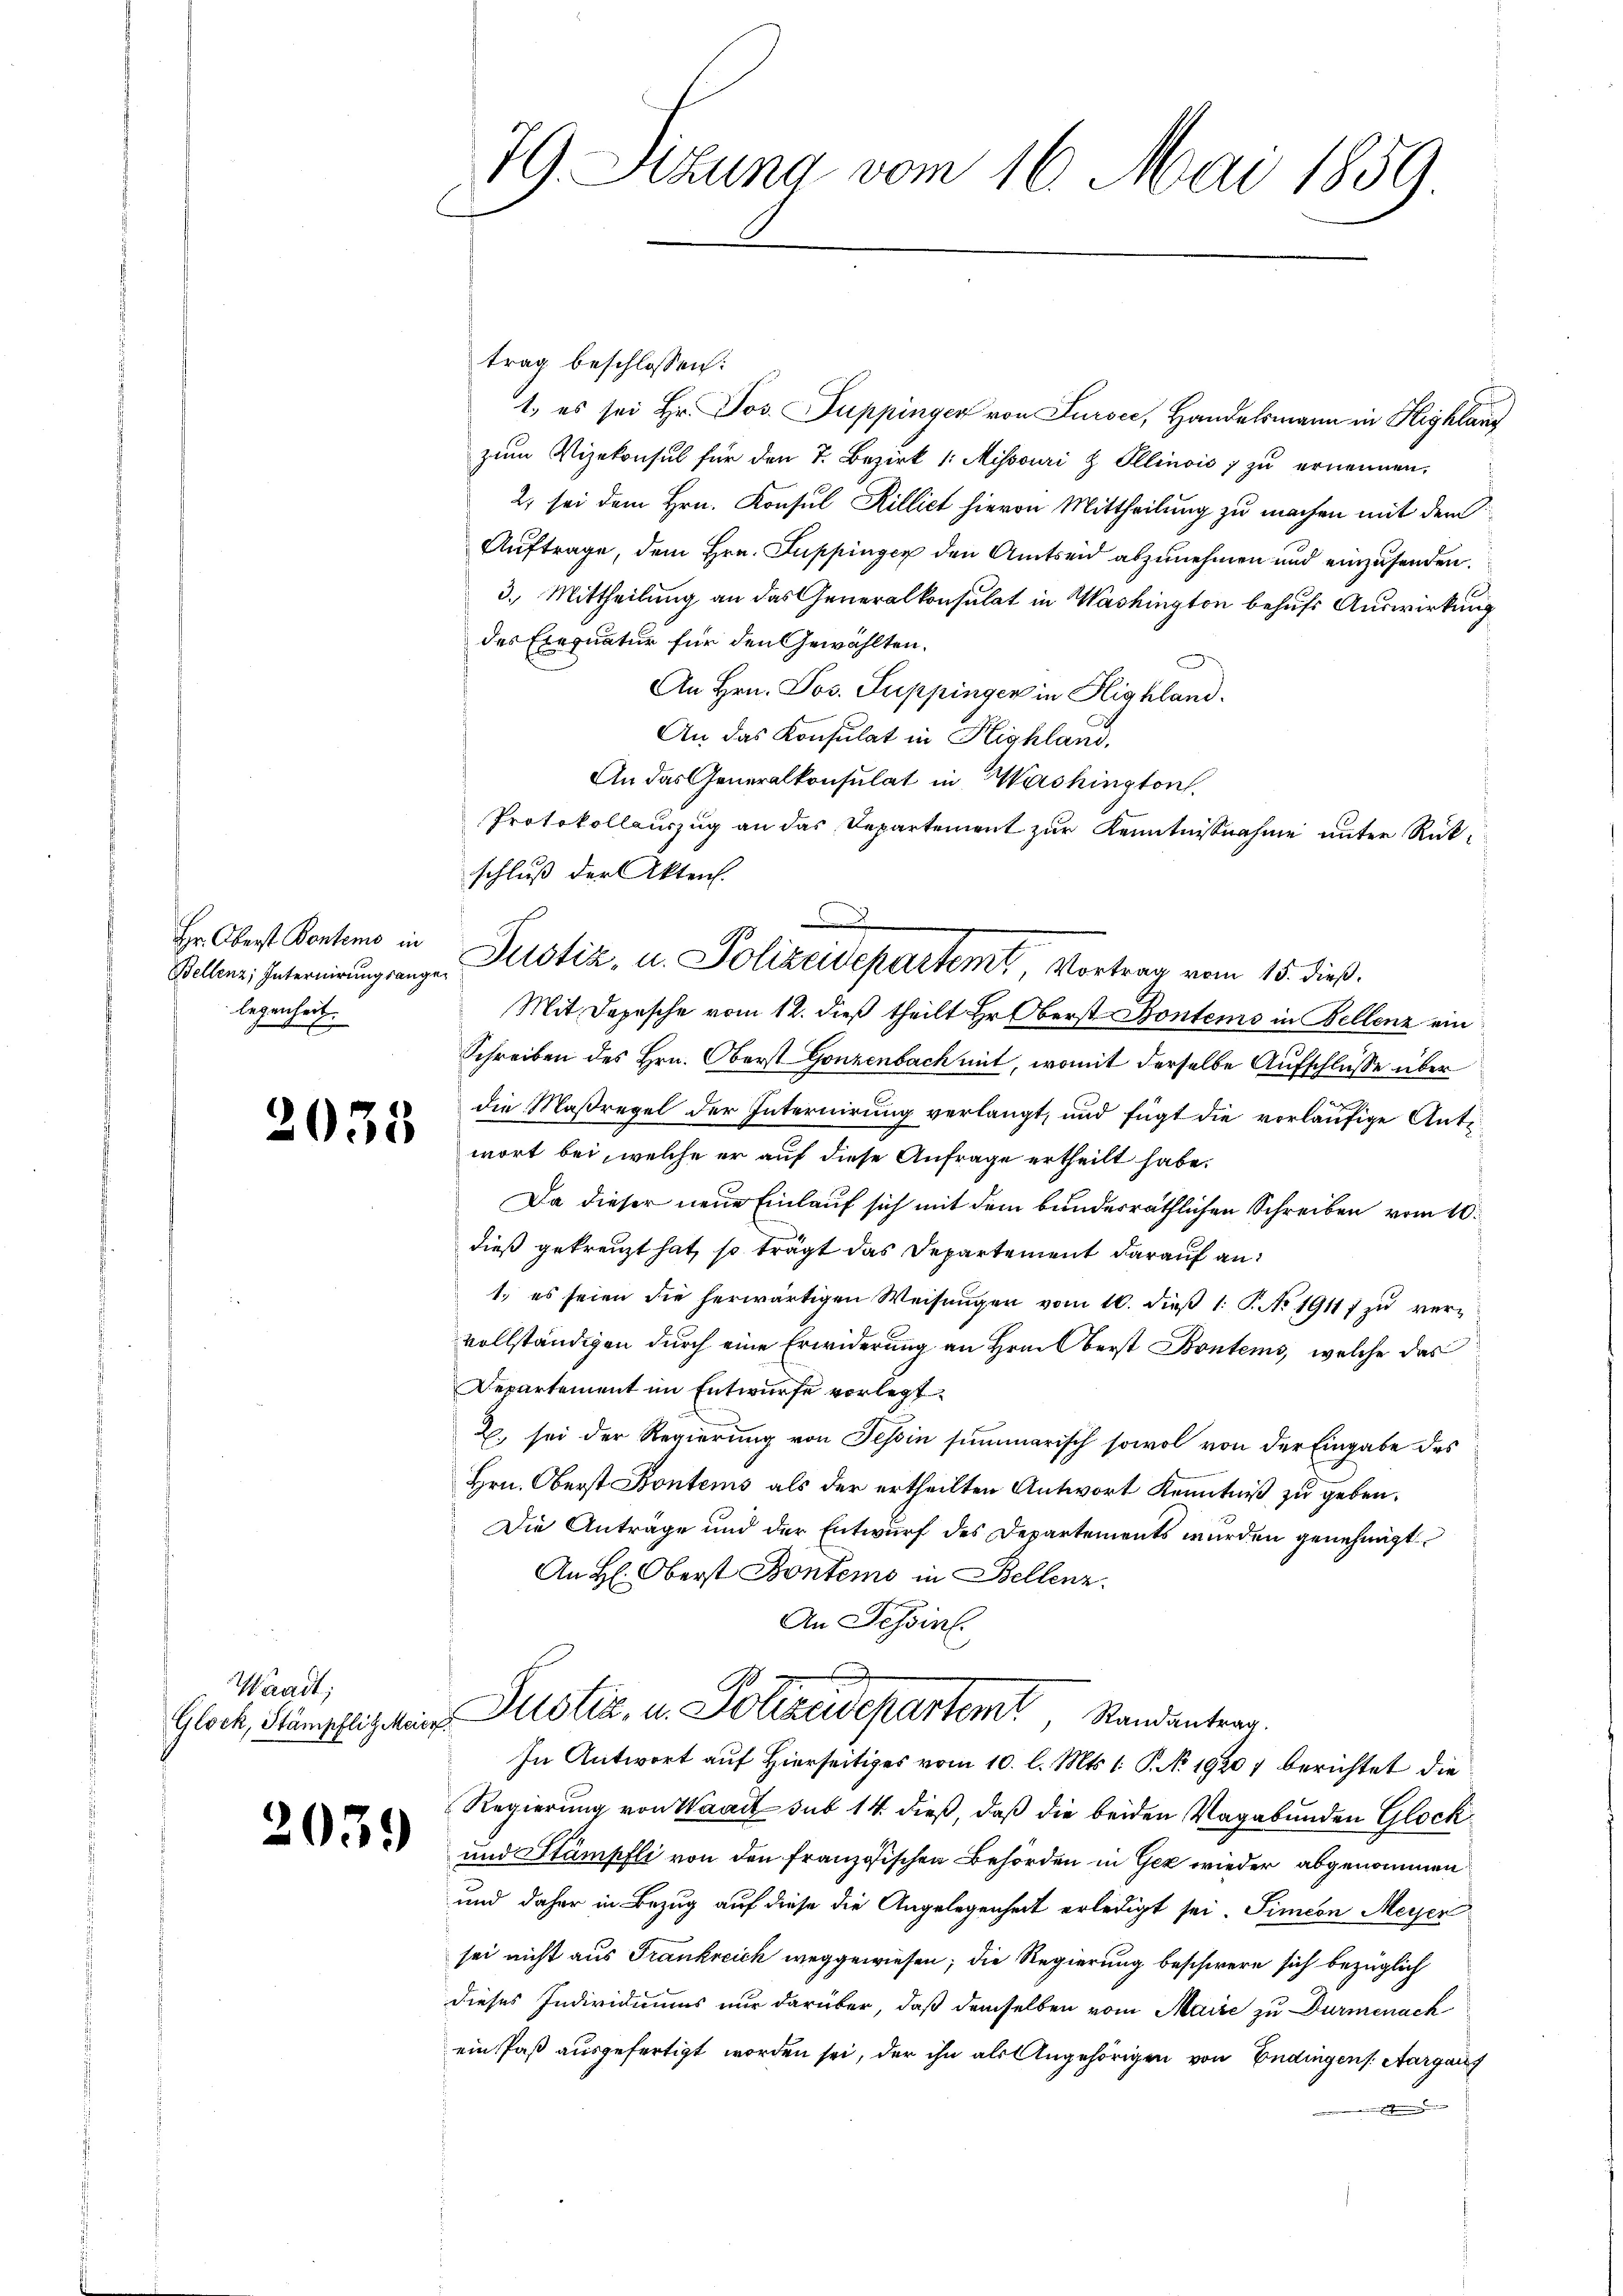
Hr. Oberst Kontems in
legenheit.

2035

Waadt;
Glock, Stämpflitz Meier.

203.

79. Sitzung vom 16. Mai 1859.

trag beschlossen:
1., es sei Hr. Jos. Puppinger von Sursee, Handelsmann in Highlauf
zum Vizekonsul für den 7. Bezirk 1: Missouri & Ollinois zu ernennen.
2. sei dem Hrn. Konsul Rillict hievon Mittheilung zu machen mit dem
Auftrage, dem Hrn. Puppinger den Amtseid abzunehmen und einzusenden.
3.) Mittheilung an das Generalkonsulat in Washington behufs Auswirkung
des Exequatur für den Gewählten.
An Hrn. Jos. Puppingen in Highland.
An das Konsulat in Highland.
An das Generalkonsulat in Washington
Protokollauszug an das Departement zur Kenntnissnahme unter Rückschluß der Akten.
Mit Depesche vom 12. dieß theilt Hr. Oberst Kontems in Bellenz ein
Schreiben des Hrn. Oberst Gonzenbach mit, womit derselbe Aufschlüsse über
die Maßregel der Internirung verlangt, und fügt die vorläufige Antiwort bei, welche er auf diese Anfrage ertheilt habe.
Da dieser neue Einlauf sich mit dem bunderräthlichen Schreiben vom 10.
dieß gekreuzt hat, so trägt das Departement darauf an:
1.) es seien die herwärtigen Weisŭngen vom 10. dieβ 1. P. No 19117 zu vervollständigen durch eine Erwiderung an Hrais berst Bontems, welche das
Departement im Entwurfe vorlegt.
2., sei der Regierung von Tessin summarisch sowol von der Eingabe des
Hrn. Oberst Kontems als der ertheilten Antwort Kenntniß zu geben.
Die Anträge und der Entwurf des Departements wurden genehmigt
An H: Oberst Pontems in Bellenz.
An Tessin.
.
Justiz, u. Polizeidepartem Randanterr.
In Antwort auf Hierseitiges vom 10. l. Mts. 1. P. Nr. 19207 berichtet die
Regierung von Waadt sub 14 dieß, daß die beiden Vagabunden Glock
und Stämpfli von den französischen Behörden in Gez wieder abgenommen
und daher in Bezug auf diese die Angelegenheit erledigt sei. Simeon Meyer
sei nicht aus Frankreich weggewiesen; die Regierung beschwere sich bezüglich
dieses Individiums nur darüber, daß demselben vom Maire zu Dürmenach
ein Paß ausgefertigt worden sei, der ihn als Angehörigen von Endingens. Aargau
e

Sellen. Interirung ange Plustiz- u. Polizeidepartemt Vortrag vom 15. dieß.